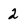
Character: 2